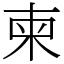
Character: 柬